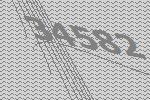
34582